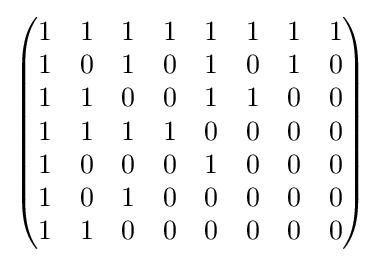
{\begin{pmatrix}1&1&1&1&1&1&1&1\\1&0&1&0&1&0&1&0\\1&1&0&0&1&1&0&0\\1&1&1&1&0&0&0&0\\1&0&0&0&1&0&0&0\\1&0&1&0&0&0&0&0\\1&1&0&0&0&0&0&0\\\end{pmatrix}}